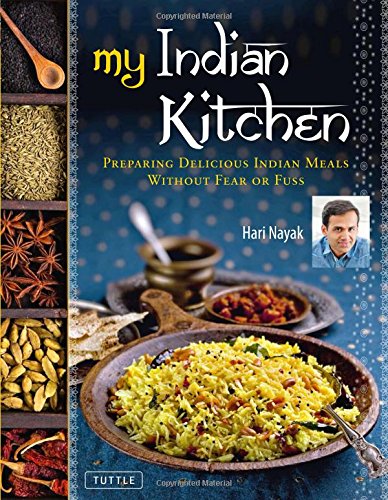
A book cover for My Indian Kitchen: Preparing Delicious Indian Meals without Fear or Fuss; Hari Nayak; Cookbooks, Food & Wine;